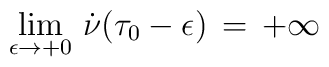
\lim_{\epsilon\rightarrow +0}\,\dot \nu(\tau_0-\epsilon)\,=\,+\infty